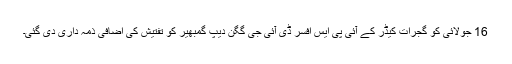
16 جولائی کو گجرات کیڈر کے آئی پی ایس افسر ڈی آئی جی گگن دیپ گمبھیر کو تفتیش کی اضافی ذمہ داری دی گئی۔